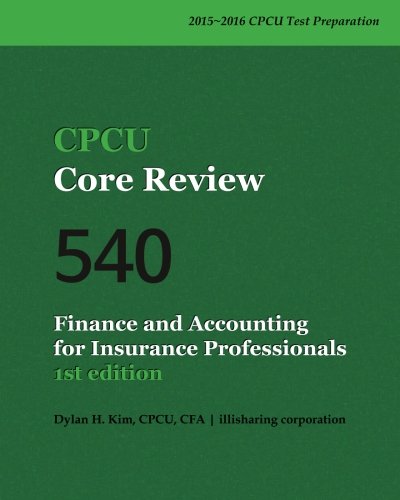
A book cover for CPCU Core Review 540, Finance and Accounting for Insurance Professionals; Dylan H. Kim CPCU; Business & Money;